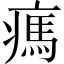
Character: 㾺